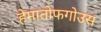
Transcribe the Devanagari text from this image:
हेमातोफगोउस